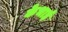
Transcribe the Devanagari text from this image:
केभाई